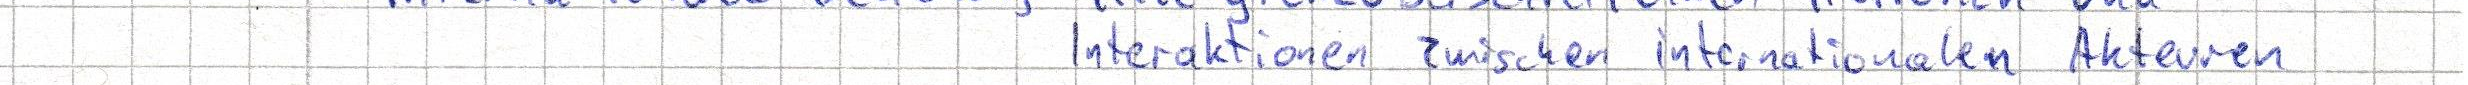
Interaktionen zwischen internationalen Akteuren